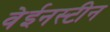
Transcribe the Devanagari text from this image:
वेईनस्टीन